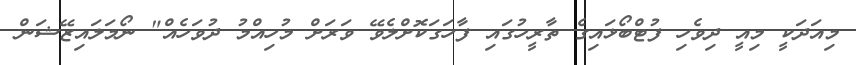
މިއަދަކީ މިއީ ދިވެހި ފުޓްބޯޅައިގެ ތާރީހުގައި ފާހަގަކޮށްލެވޭ ވަރަށް މުހިއްމު ދުވަހެއް" ނޯމަލައިޒޭޝަން